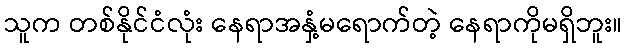
သူက တစ်နိုင်ငံလုံး နေရာအနှံ့မရောက်တဲ့ နေရာကိုမရှိဘူး။